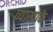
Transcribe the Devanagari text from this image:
व्याखाके